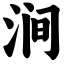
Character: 涧